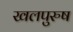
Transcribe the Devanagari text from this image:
खलपुरुष